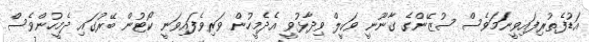
އަޑުފެތުރިފައިވީނަމަވެސް ސުޒޭންގެ ގާނޫނީ ވަކީލް ވިދާޅުވީ އެދެމީހުން ވަރިވެފައިވަނީ ކޯޓުން ބޭރުގައި ދެމީހުންވެސް